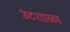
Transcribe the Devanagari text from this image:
उंटशाळा